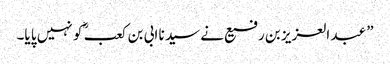
” عبد العزیز بن رفیع نے سید نا ابی بن کعب ؓ کو نہیں پا یا۔